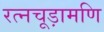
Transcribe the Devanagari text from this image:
रत्नचूड़ामणि